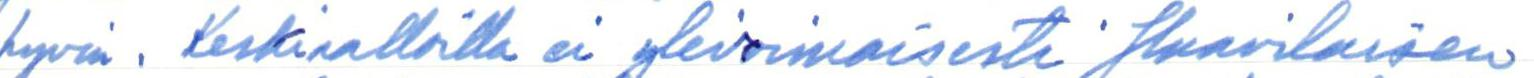
hyvin. Keskiaalloilla ei ylivoimaisesti Slaavilaisen